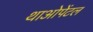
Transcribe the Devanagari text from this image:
थाओपेंटल